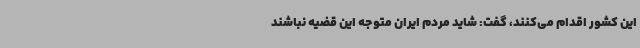
این کشور اقدام می‌کنند، گفت: شاید مردم ایران متوجه این قضیه نباشند